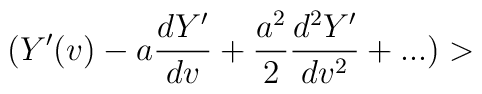
(Y'(v)-a{dY'\over dv}+  {a^2\over 2}{d^2Y'\over dv^2}+...)>